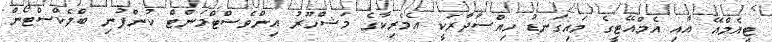
ޓީއެމްއޭ އާއި އެމްއޭޓީގެ މައިގަނޑު ހިއްސާދާރަކީ އެމެރިކާގެ މަޝްހޫރު އިންވެސްޓްމަންޓް ކުންފުނި ބްލެކްސްޓޯން